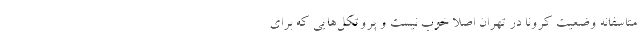
متاسفانه وضعیت کرونا در تهران اصلاً خوب نیست و پروتکل‌هایی که برای